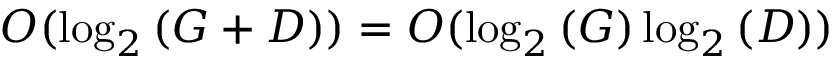
O ( \log _ { 2 } { ( G + D ) } ) = O ( \log _ { 2 } { ( G ) } \log _ { 2 } { ( D ) } )